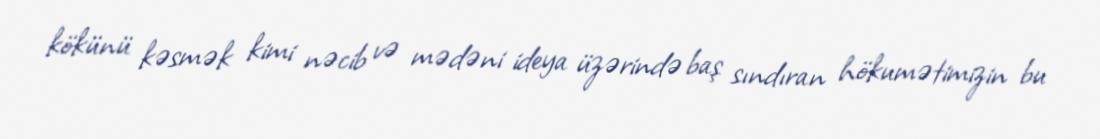
kökünü kəsmək kimi nəcib və mədəni ideya üzərində baş sındıran hökumətimizin bu